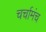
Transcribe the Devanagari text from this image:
चर्चामंच